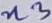
Text: n3